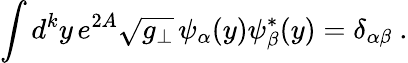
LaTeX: \int d^{k}y\, e^{2A}\sqrt{g_{\perp}}\, \psi_{\alpha}(y)\psi_{\beta}^{*}(y)=\delta_{\alpha\beta}\ .